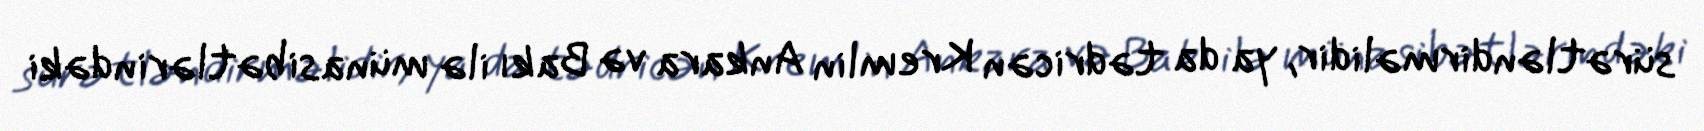
sürətləndirməlidir, ya da tədricən Kremlin Ankara və Bakı ilə münasibətlərindəki